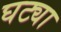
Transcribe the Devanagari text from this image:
घट्या